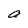
Character: a